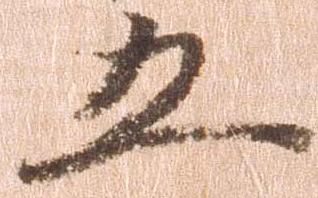
五